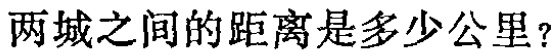
两城之间的距离是多少公里？